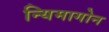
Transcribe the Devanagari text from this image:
न्यिमागोन